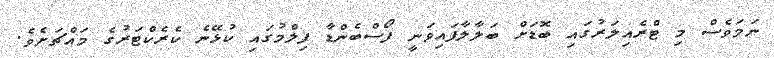
ނަމަވެސް މި ޓްރެއިލަރުގައި ބޮޑަށް ބަލާލާފައިވަނީ ފޯސްބެންޑާ ފިލްމުގައި ކުޅޭނެ ކެރެކްޓަރުގެ މައްޗަށެވެ.